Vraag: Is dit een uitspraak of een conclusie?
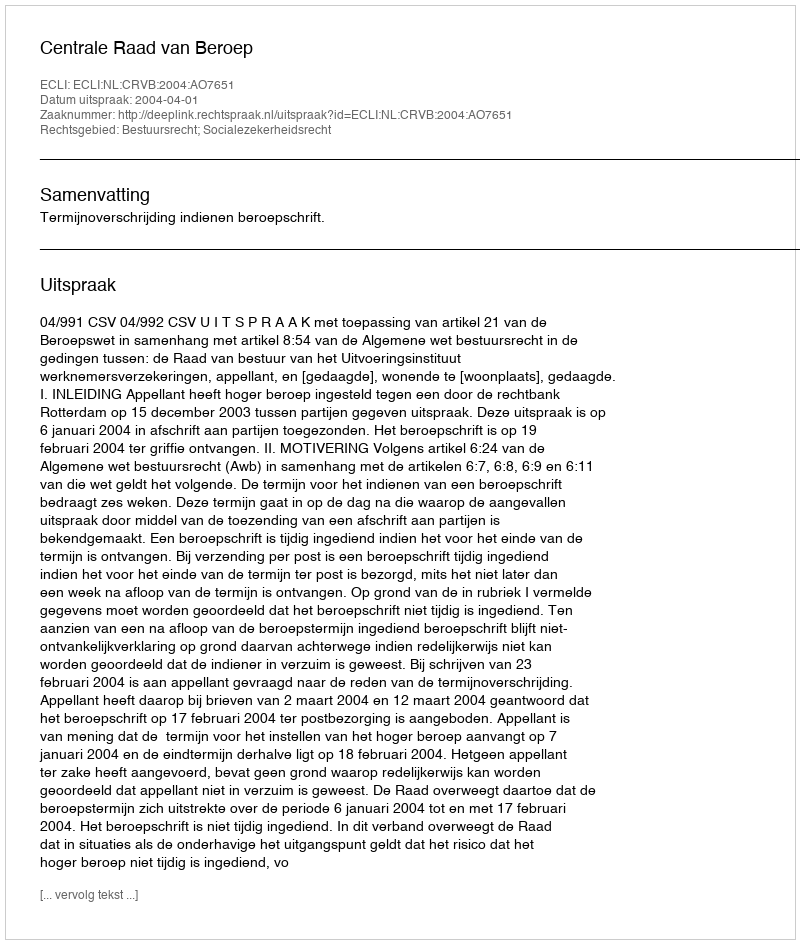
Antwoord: Uitspraak